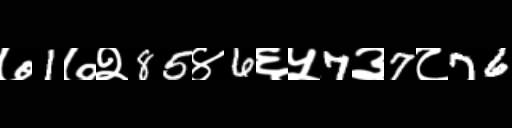
Text: ७1७२85४6६५7३7८76